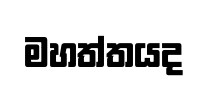
මහත්තයද